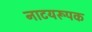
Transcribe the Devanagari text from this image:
नाटयरूपक